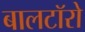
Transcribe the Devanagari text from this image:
बालटॉरो